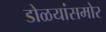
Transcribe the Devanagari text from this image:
डोळयांसमोर